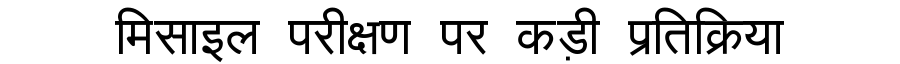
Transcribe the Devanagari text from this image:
मिसाइल परीक्षण पर कड़ी प्रतिक्रिया